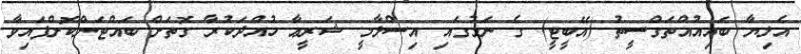
އެލިޔާ ބައިއުއްތަގްސީތު (އޭބީޓީ) ގެ ނަމުގައި އިސްލާމީ ޝަރީޢާ ހުއްދަކުރާ ގޮތަށް ބައްޓަންކޮށްފައިވާ